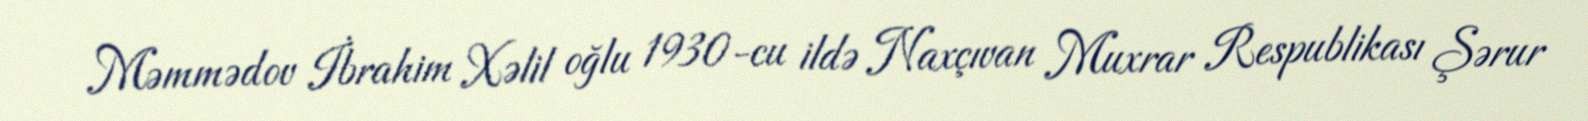
Məmmədov İbrahim Xəlil oğlu 1930-cu ildə Naxçıvan Muxrar Respublikası Şərur